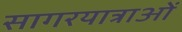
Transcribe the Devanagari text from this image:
सागरयात्राओं